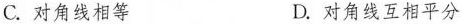
C.对角线相等 D.对角线互相平分